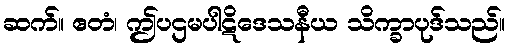
ဆက်။ ဧတံ၊ ဤပဌမပါဋိဒေသနီယ သိက္ခာပုဒ်သည်။